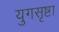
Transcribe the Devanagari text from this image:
युगसृष्टा